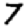
Digit: 7